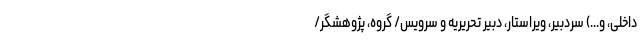
داخلی، و...) سردبیر، ویراستار، دبیر تحریریه و سرویس/ گروه، پژوهشگر/